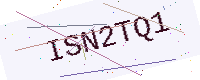
Text: ISN2TQ1